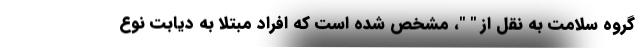
گروه سلامت به نقل از " "، مشخص شده است که افراد مبتلا به دیابت نوع